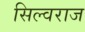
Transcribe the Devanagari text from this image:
सिल्वराज